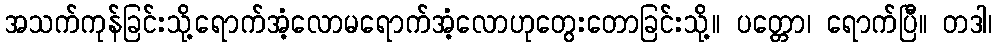
အသက်ကုန်ခြင်းသို့ရောက်အံ့လောမရောက်အံ့လောဟုတွေးတောခြင်းသို့။ ပတ္တော၊ ရောက်ပြီ။ တဒါ၊